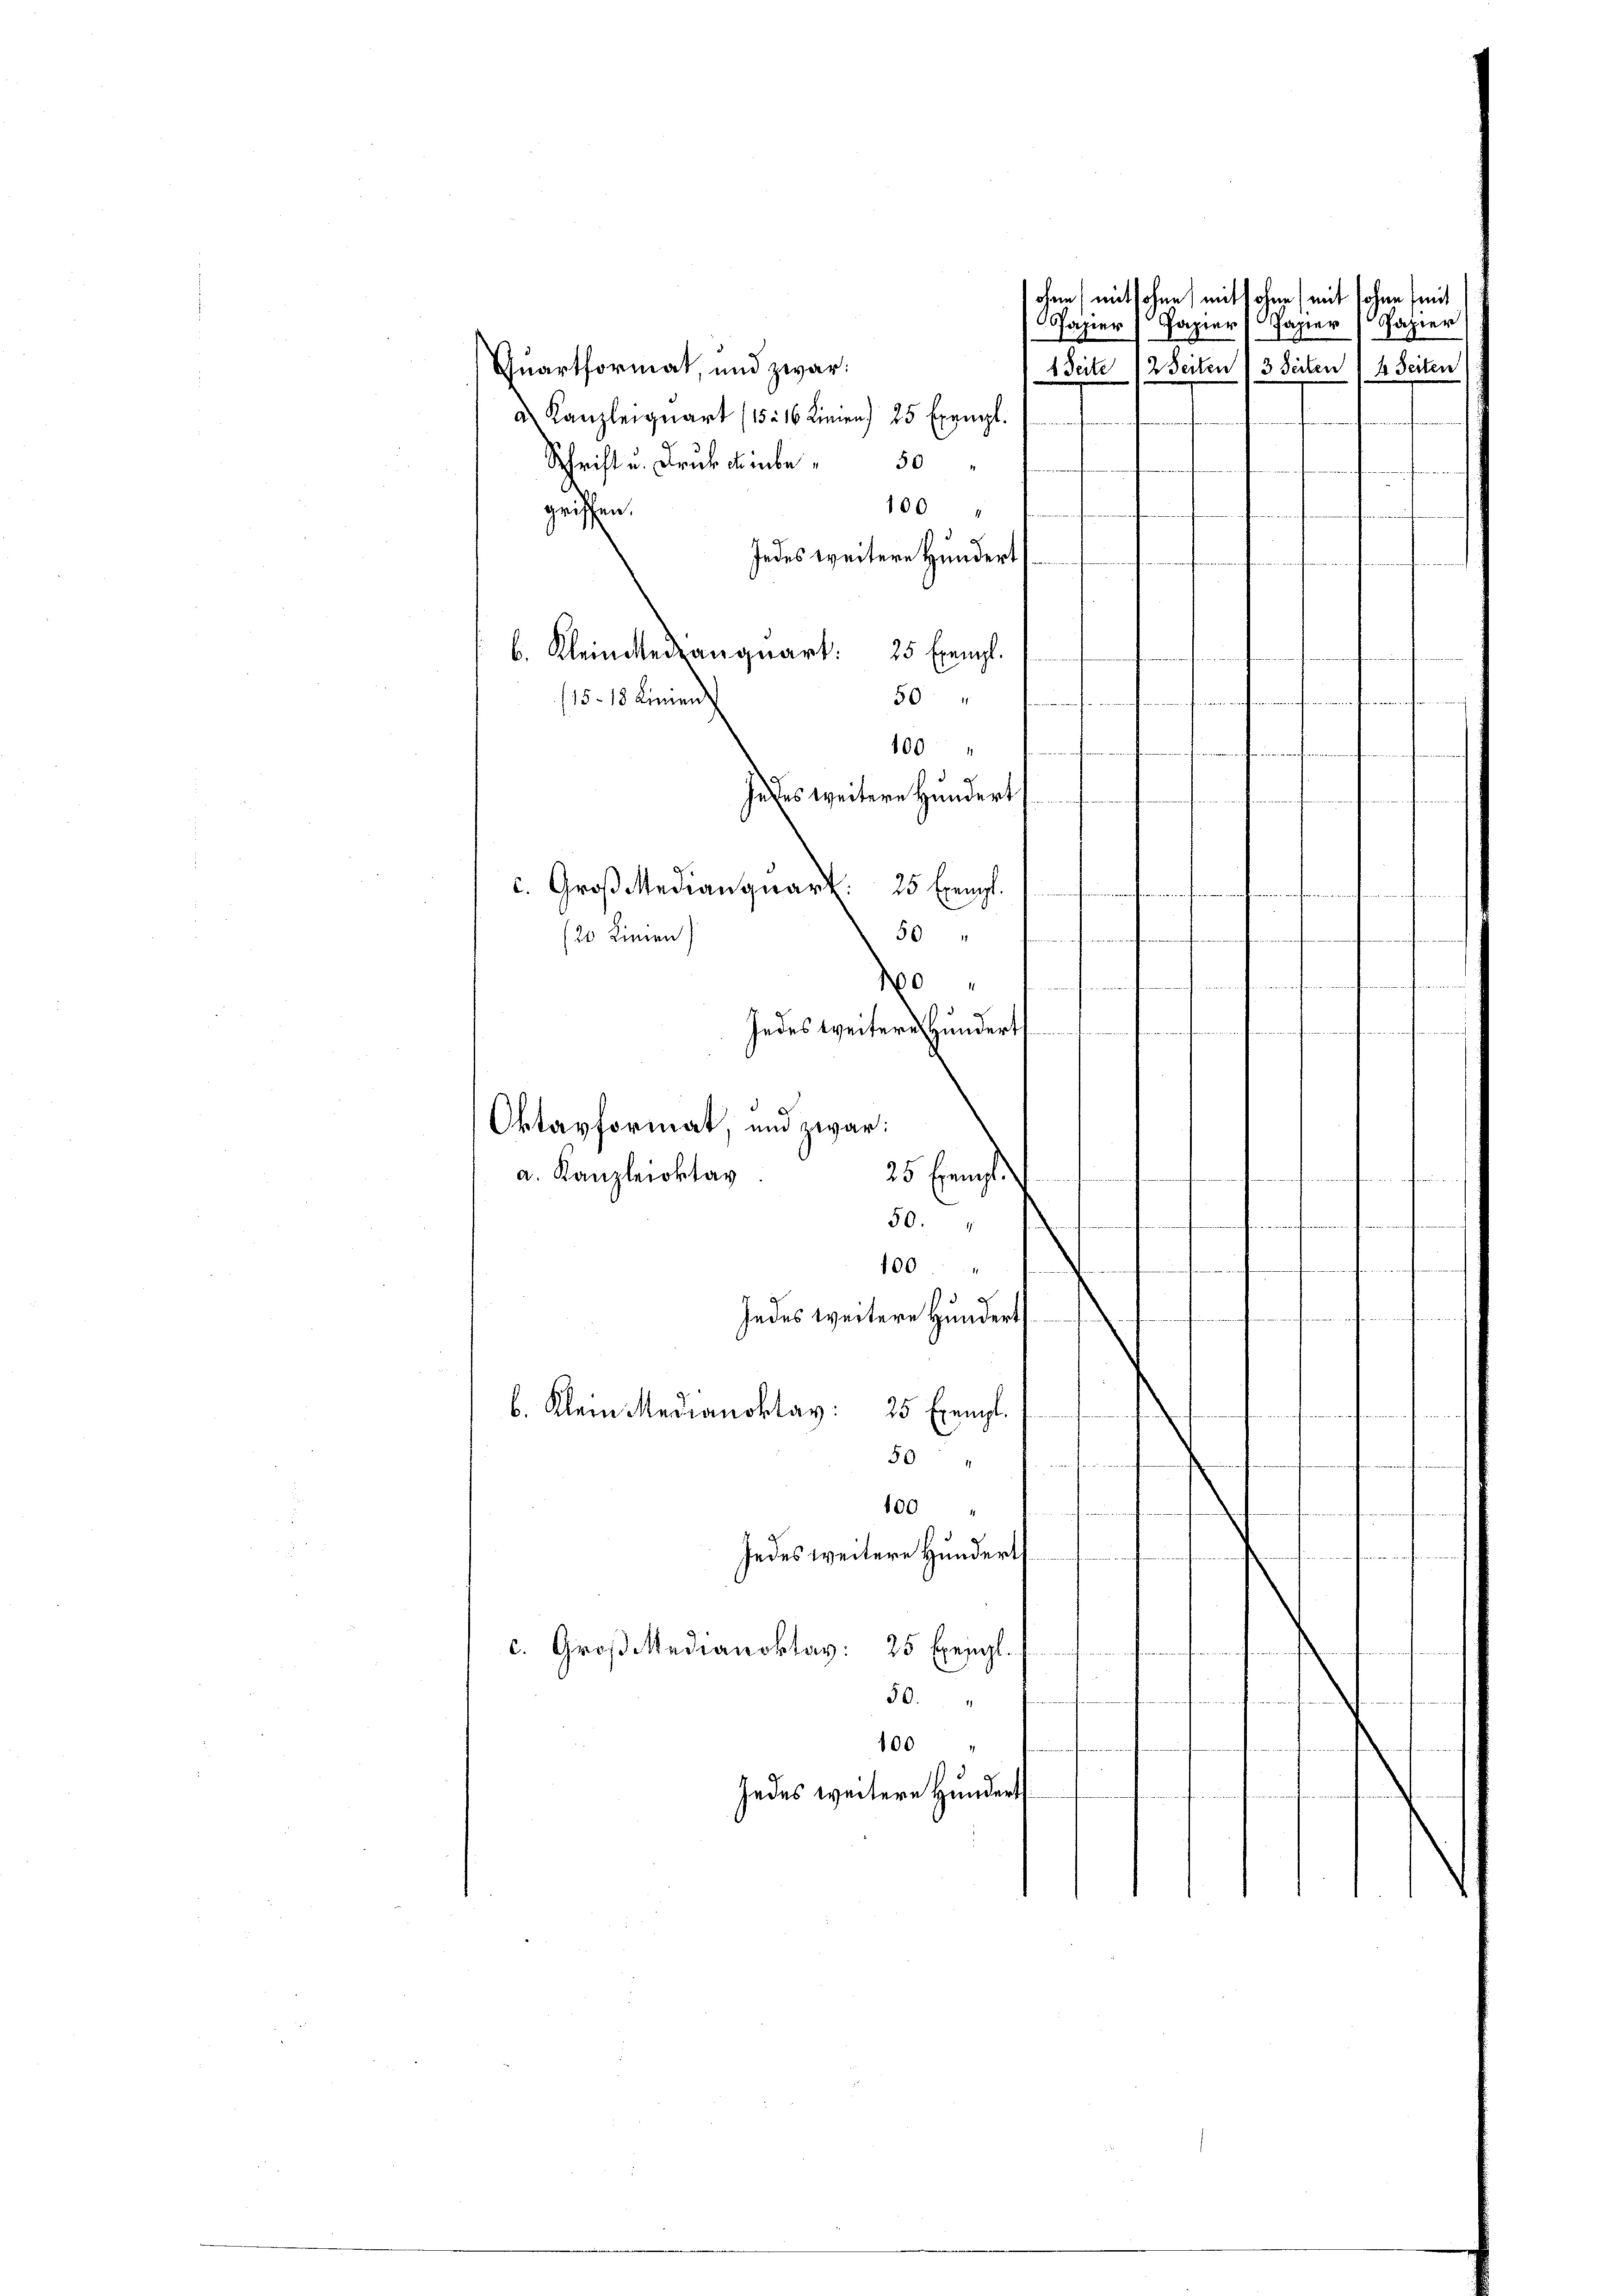
Quartformat, und zwar:

b. Kleinerzanquart. 25 Exempl
15-18 Linien

c. Groß Medianquart. 25 Exempl.
/20 Linien)

a. Kanzleioktav

dam (mit hohen) mit d ohne (mit sohne mit
a Kanzleiquart (15. 16 Linien) 25 Exempl.
Schrift u. Trub anbe
50
100
griffen.
Jedes weitere Hundert
n

50
muterung unterfe
e
Jedes weitere Hundert
sreiche Geri
ere
50
f
0
i
nehmen
Indes weitere Hundert
fungen auf auf und
Oktavformat, und zwar:
25 Exempl.

50.
renantemen
100
u
Jedes weitere Hundert
b. Klein Medianoktav: 25 Exempl.
e
50
nwerten einen
100
8
Jedes weitere Hundert
neichnungerufenen
c. Groß Medianoktav: 25 Exempl.
50.
h

100
Jedes weitere Hundert

100

de
Papier) papier

Papier Papier
.
1 Seite 12 Seiten 13 Seiten 1 4. Seiten